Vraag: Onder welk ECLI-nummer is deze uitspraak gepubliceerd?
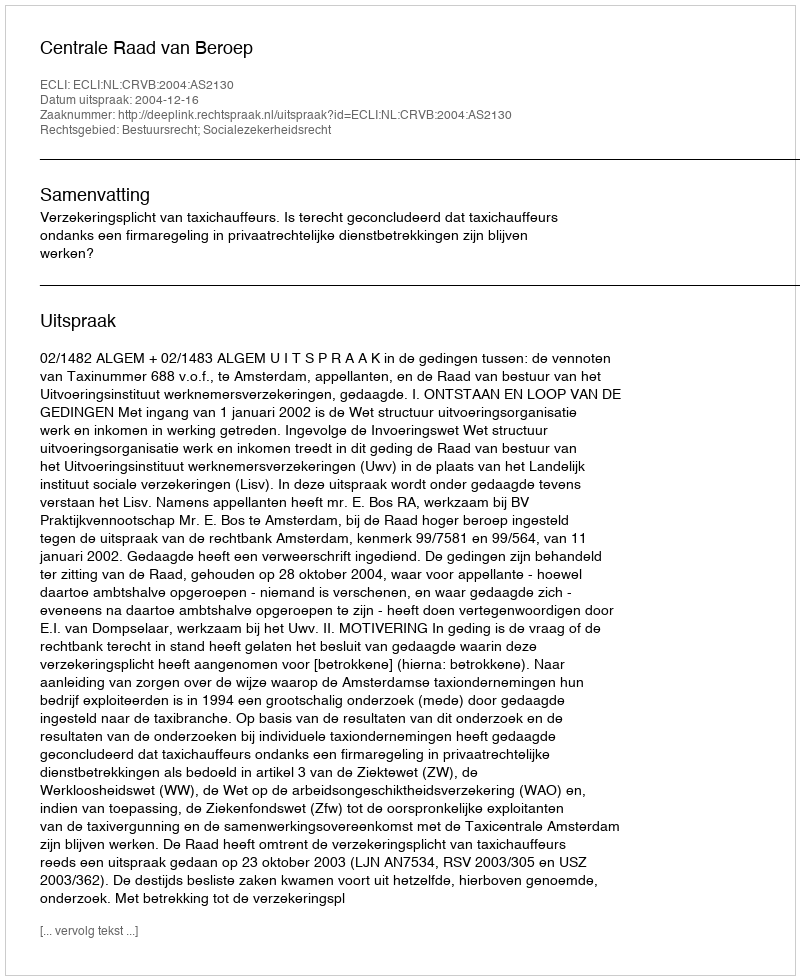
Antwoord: ECLI:NL:CRVB:2004:AS2130